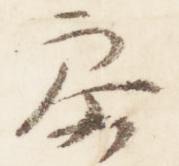
参